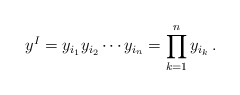
\begin{align*} y^I = y_{i_1} y_{i_2}\cdots y_{i_n} = \prod_{k=1}^n y_{i_k} \, .\end{align*}